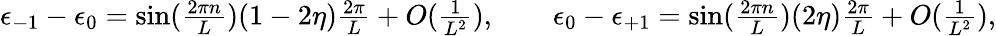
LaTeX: \begin{array}{r}{\epsilon_{-1}-\epsilon_{0}=\sin(\frac{2\pi n}{L})(1-2\eta)\frac{2\pi}{L}+O(\frac{1}{L^{2}}),\qquad\epsilon_{0}-\epsilon_{+1}=\sin(\frac{2\pi n}{L})(2\eta)\frac{2\pi}{L}+O(\frac{1}{L^{2}}),}\end{array}